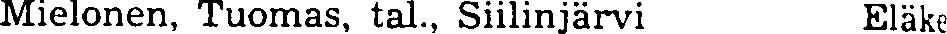
Mielonen, Tuomas, tal., Siilinjärvi Eläke